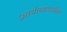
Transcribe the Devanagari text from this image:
आर्यलडमधील